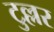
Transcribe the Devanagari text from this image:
टुल्लर